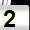
Digit: 2